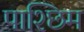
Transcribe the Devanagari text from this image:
पाश्छिम